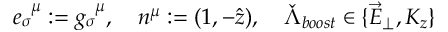
e _ { \sigma } ^ { \; \; \mu } : = g _ { \sigma } ^ { \; \; \mu } , \quad n ^ { \mu } : = ( 1 , - \hat { z } ) , \quad \check { \Lambda } _ { b o o s t } \in \{ \vec { E } _ { \perp } , K _ { z } \}